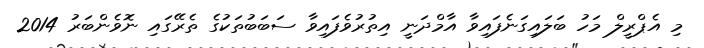
މި އެޕްރީލް މަހު ބަލައިގަނެފައިވާ އާމްދަނީ އިތުރުވެފައިވާ ސަބަބުތަކުގެ ތެރޭގައި ނޮވެންބަރު 2014